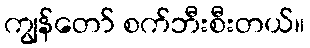
ကျွန်တော် စက်ဘီးစီးတယ်။